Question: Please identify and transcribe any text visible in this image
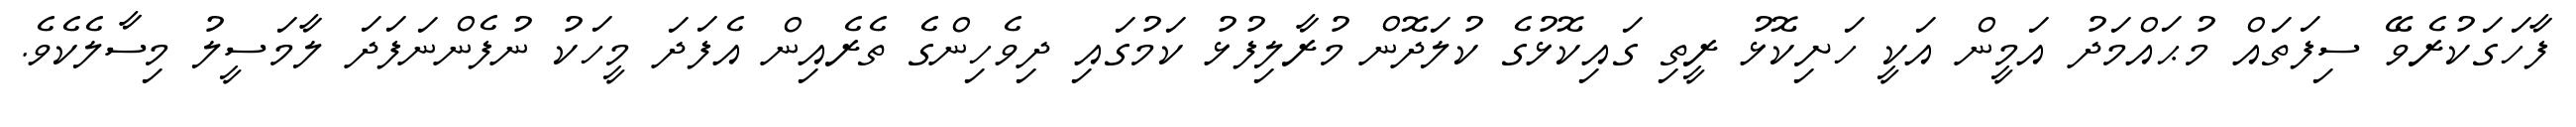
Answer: ފާހަގަކުރެވޭ ސިފަތައް މުޙައްމަދު އަމީން އަކީ ހަށިކޮޅު ރީތި ގައިކޮޅުގެ ކުލަދޮން މުރާލިފުޅު ކަމުގައި ދިވެހިންގެ ތެރެއިން އެފަދަ މީހަކު ނުފެންނަފަދަ ލާމަސީލު މިސާލެކެވެ.